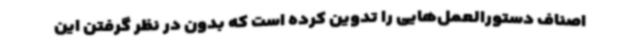
اصناف دستورالعمل‌هایی را تدوین کرده است که بدون در نظر گرفتن این